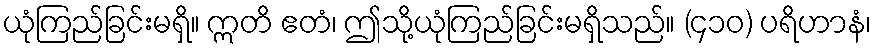
ယုံကြည်ခြင်းမရှိ။ ဣတိ ဧတံ၊ ဤသို့ယုံကြည်ခြင်းမရှိသည်။ (၄၁၀) ပရိဟာနံ၊